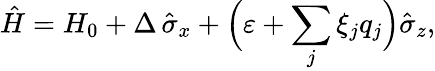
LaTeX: \hat{H}=H_{0}+\Delta\, \hat{\sigma}_{x}+\Bigl(\varepsilon+\sum_{j}\xi_{j}q_{j}\Bigr)\hat{\sigma}_{z},